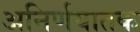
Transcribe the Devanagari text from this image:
अनिर्णयातक